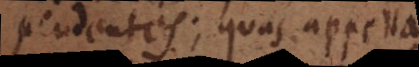
pendentes; quas appella